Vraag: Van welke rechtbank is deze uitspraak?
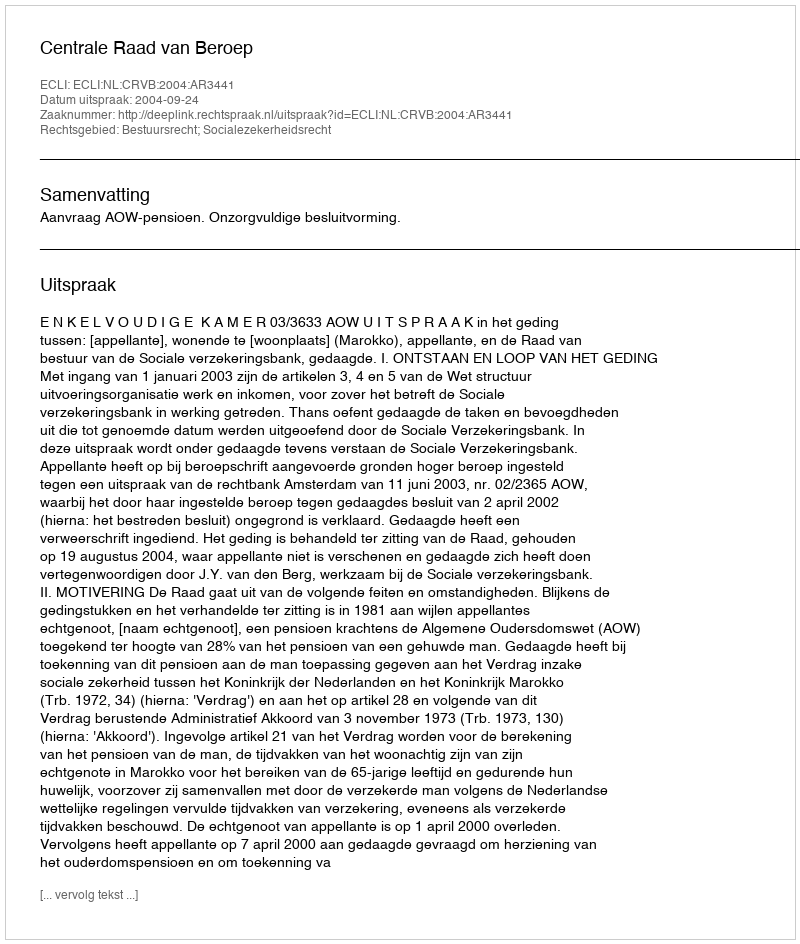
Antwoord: Centrale Raad van Beroep